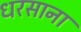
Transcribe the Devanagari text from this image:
धरसाना